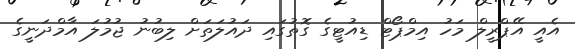
އެއީ އޭޕްރީލް މަހު އިމްޕޯޓް ޑިއުޓީގެ ގޮތުގައި ދައުލަތަށް ލިބުނު ޖުމުލަ އާމްދަނީގެ